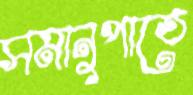
সমানুপাতে